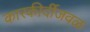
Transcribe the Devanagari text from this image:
कारकीर्दीजवळ